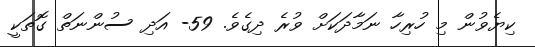
ކިޔެވުން މި ހުރިހާ ނަމާދަކަށް ވުރެ ދިގެވެ. 59- އަދި ސުންނަތް ގޮތަކީ